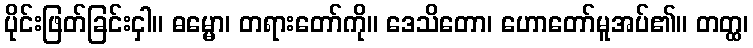
ပိုင်းဖြတ်ခြင်းငှါ။ ဓမ္မော၊ တရားတော်ကို။ ဒေသိတော၊ ဟောတော်မူအပ်၏။ တတ္ထ၊